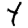
Digit: 4